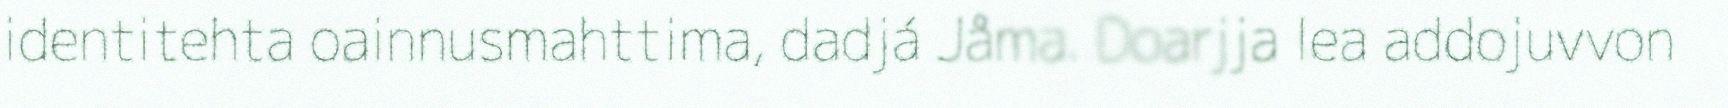
identitehta oainnusmahttima, dadjá Jåma. Doarjja lea addojuvvon